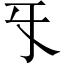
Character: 㸦